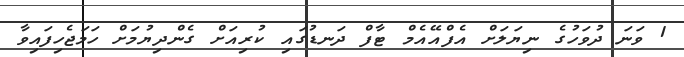
1 ވަނަ ދުވަހުގެ ނިޔަލަށް އެފްއޭއެމް ޓާފް ދަނޑުގައި ކުރިއަށް ގެންދިޔުމަށް ހަމަޖެހިފައިވާ